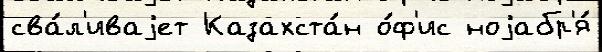
сва́л'иваjет Казахста́н о́ф'ис ноjабр'я́